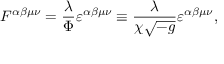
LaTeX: F ^ { \alpha \beta \mu \nu } = \frac { \lambda } { \Phi } \varepsilon ^ { \alpha \beta \mu \nu } \equiv \frac { \lambda } { \chi \sqrt { - g } } \varepsilon ^ { \alpha \beta \mu \nu } ,